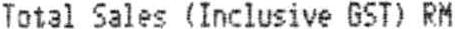
TOTAL SALES (INCLUSIVE GST) RM